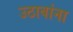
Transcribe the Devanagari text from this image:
उठावांना